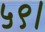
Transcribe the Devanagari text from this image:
५९।